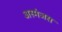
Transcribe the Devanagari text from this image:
अस्मंजस